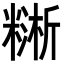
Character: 𥼔